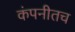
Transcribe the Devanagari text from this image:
कंपनीतच